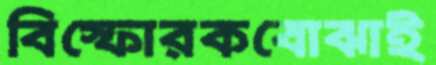
বিস্ফোরকবোঝাই